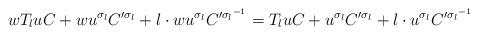
LaTeX: \begin{align*}wT_luC+wu^{\sigma_l}C'^{\sigma_l}+l\cdot wu^{\sigma_l}C'^{{\sigma_l}^{-1}}=T_luC+u^{\sigma_l}C'^{\sigma_l}+l\cdot u^{\sigma_l}C'^{{\sigma_l}^{-1}}\end{align*}